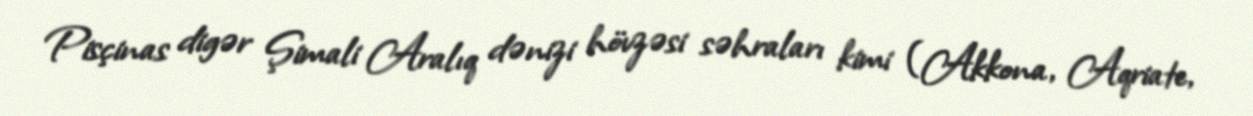
Pisçinas digər Şimali Aralıq dənizi hövzəsi səhraları kimi (Akkona, Aqriate,